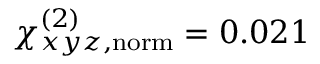
\chi _ { x y z , \mathrm { n o r m } } ^ { ( 2 ) } = 0 . 0 2 1